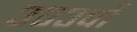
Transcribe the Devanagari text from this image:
३०३वाँ